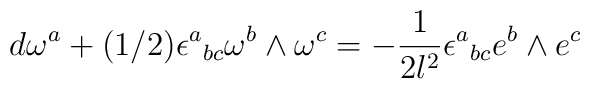
d\omega^a + (1/2)\epsilon^a{}_{bc} \omega^b \wedge\omega^c=-\frac{1}{2l^2}\epsilon^a{}_{bc} e^b\wedge e^c